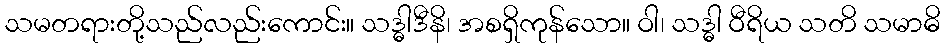
သမတရားတို့သည်လည်းကောင်း။ သဒ္ဓါဒီနိ၊ အစရှိကုန်သော။ ဝါ၊ သဒ္ဓါ ဝီရိယ သတိ သမာဓိ